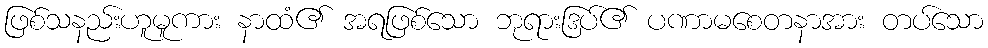
ဖြစ်သနည်းဟူမူကား နာထံ၏ အရဖြစ်သော ဘုရားဒြပ်၏ ပဏာမစေတနာအား တပ်သော